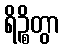
ရိဉ္စိတွာ